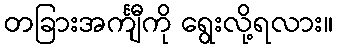
တခြားအင်္ကျီကို ရွေးလို့ရလား။